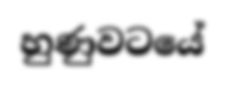
හුණුවටයේ